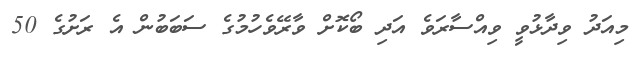
މިއަދު ވިދާޅުވީ ވިއްސާރަވެ އަދި ބޯކޮށް ވާރޭވެހުމުގެ ސަބަބުން އެ ރަށުގެ 50